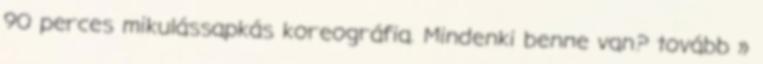
90 perces mikulássapkás koreográfia. Mindenki benne van? tovább »